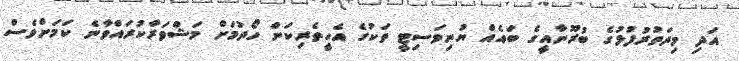
އަދި މިދަތުރުފުޅުގެ ބުރޫނާއީގެ ބައެއް ޔުނިވަސިޓީ ތަކުގެ އެހީތެރިކަން ހޯދުމަށް މަޝްވަރާކުރައްވާނެ ކަމަށްވެސް